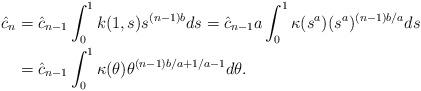
LaTeX: \begin{align*}\hat c_n&=\hat{c}_{n-1} \int_0^1 k(1,s)s^{(n-1)b} ds= \hat{c}_{n-1} a \int_0^1 \kappa(s^a)(s^a)^{(n-1)b/a} ds \\&= \hat{c}_{n-1} \int_0^1 \kappa(\theta) \theta^{(n-1)b/a+1/a-1}d\theta.\end{align*}